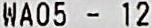
WA05 - 12